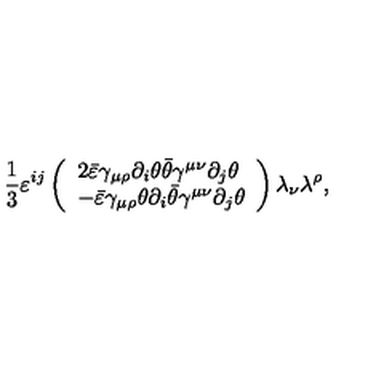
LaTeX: \frac 1 3 \varepsilon ^ { i j } \left( \begin{array} { l } { 2 \bar { \varepsilon } \gamma _ { \mu \rho } \partial _ { i } \theta \bar { \theta } \gamma ^ { \mu \nu } \partial _ { j } \theta } \\ { - \bar { \varepsilon } \gamma _ { \mu \rho } \theta \partial _ { i } \bar { \theta } \gamma ^ { \mu \nu } \partial _ { j } \theta } \\ \end{array} \right) \lambda _ { \nu } \lambda ^ { \rho } ,